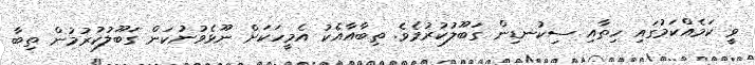
ވީ ކަމެއްކަމުގައި ހިތާއި ސިކުނޑިން ގަބޫލުކުރުމެވެ. ތިބާއާއެކު އެމީހަކަށް ނޫޅެވުނުކަން ގަބޫލުކުރުމުން ތިބާ